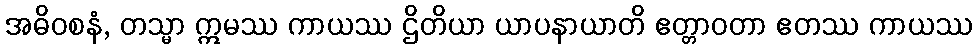
အဓိဝစနံ, တသ္မာ ဣမဿ ကာယဿ ဌိတိယာ ယာပနာယာတိ ဧတ္တာဝတာ ဧတဿ ကာယဿ